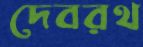
দেবরথ